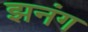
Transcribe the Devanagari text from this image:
झनंग